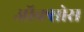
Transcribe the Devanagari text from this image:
ऑक्सोस